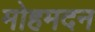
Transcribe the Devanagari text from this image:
मोहमदन